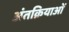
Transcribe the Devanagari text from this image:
अंतक्रियाओं